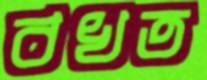
বখত